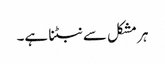
ہر مشکل سے نبٹنا ہے۔